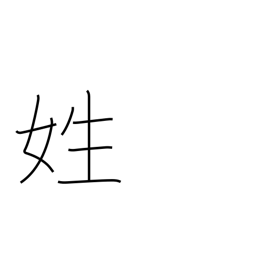
Meaning: surname